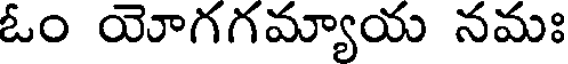
ఓం యోగగమ్యాయ నమః